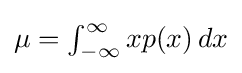
\textstyle \mu =\int _{-\infty }^{\infty }xp(x)\,dx